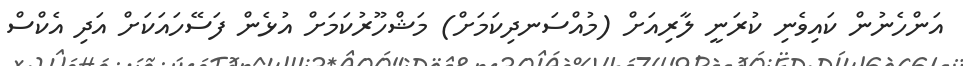
އަންހެނުން ކައިވެނި ކުރަނީ ލާރިއަށް (މުއްސަނދިކަމަށް) މަޝްހޫރުކަމަށް އުޅެން ފަސޭހައަކަށް އަދި އެކްސް